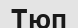
Тюп